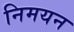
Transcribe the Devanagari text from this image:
निमयन